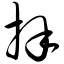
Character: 拜